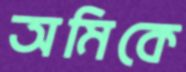
অমিকে